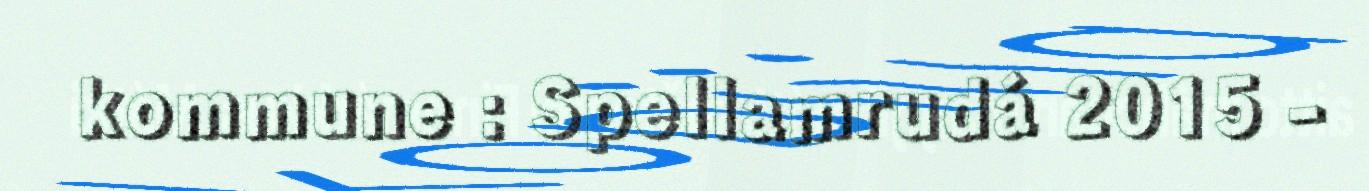
kommune : Spellamrudá 2015 -